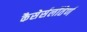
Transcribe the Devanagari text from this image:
कैसेर्सलॉतेर्ण